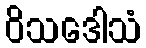
ဝိသဒေါသံ